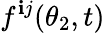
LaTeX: f^{\mathbf{i}j}(\theta_{2},t)